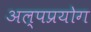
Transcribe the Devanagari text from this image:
अल्पप्रयोग